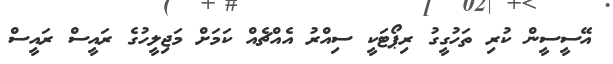
އޭސީސީން ކުރި ތަހުގީގު ރިޕޯޓަކީ ސިއްރު އެއްޗެއް ކަމަށް މަޖިލީހުގެ ރައީސް ރައީސް